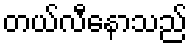
တယ်လီနောသည်